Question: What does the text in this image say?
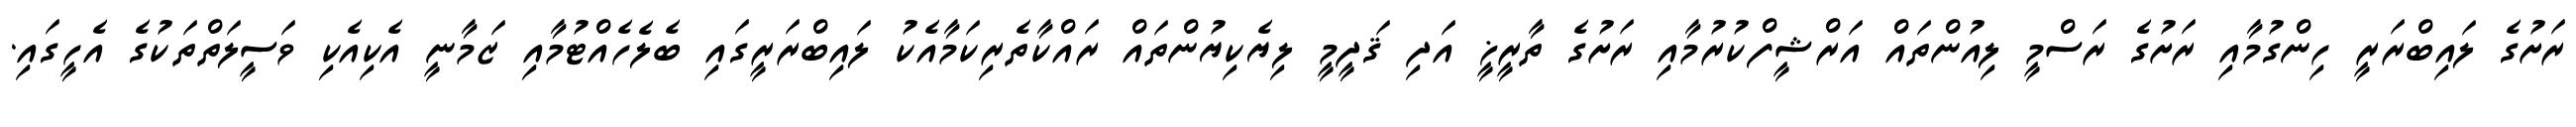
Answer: ރަށުގެ ލައިބްރަރީ ހިންގުމާއި ރަށުގެ ރަސްމީ ލިއުންތައް އަރްޝީފްކުރުމާއި ރަށުގެ ތާރީޚީ އަދި ޤަދީމީ ލިޔެކިޔުންތައް ރައްކާތެރިކަމާއެކު ލައިބްރަރީގައި ބެލެހެއްޓުމާއި ޒަމާނީ އެކިއެކި ވަސީލަތްތަކުގެ އެހީގައި.